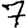
Digit: 7